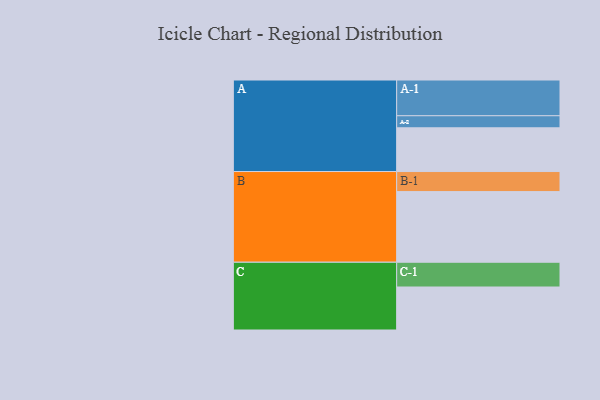
{"axis": {"x": "Segment", "y": "Value"}, "legend": ["", "A", "B", "C"], "data": [{"x": "A", "y": 362, "type": ""}, {"x": "B", "y": 585, "type": ""}, {"x": "C", "y": 356, "type": ""}, {"x": "A-1", "y": 296, "type": "A"}, {"x": "A-2", "y": 100, "type": "A"}, {"x": "B-1", "y": 166, "type": "B"}, {"x": "C-1", "y": 205, "type": "C"}]}